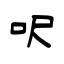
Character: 呎